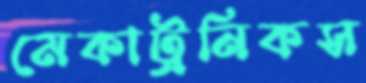
মেকাট্রনিকস